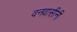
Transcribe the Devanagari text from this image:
वनवासीनी